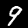
Label: 9